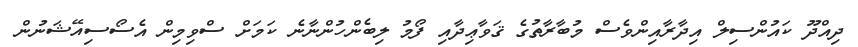
ދިއްދޫ ކައުންސިލް އިދާރާއިންވެސް މުބާރާތުގެ ޤަވާޢިދާއި ފޯމު ލިބެންހުންނާނެ ކަމަށް ސްވިމިން އެސޯސިއޭޝަނުން